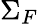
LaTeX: \Sigma_{F}